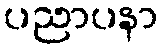
ပညာပနာ